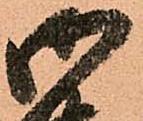
御